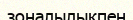
зоналылықпен